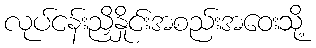
လုပ်ငန်းညှိနှိုင်းအစည်းအဝေးသို့